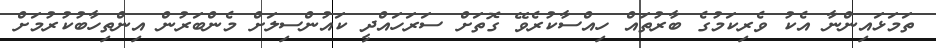
ތަމަޅައިންނާ އެކު ވެރިކަމުގެ ބާރުތައް ހިއްސާކުރެވޭ ގޮތަށް ސަރަހައްދީ ކައުންސިލަށް މެންބަރުން އިންތިހާބުކުރުމަށް